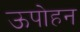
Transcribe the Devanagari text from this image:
ऊपोहन